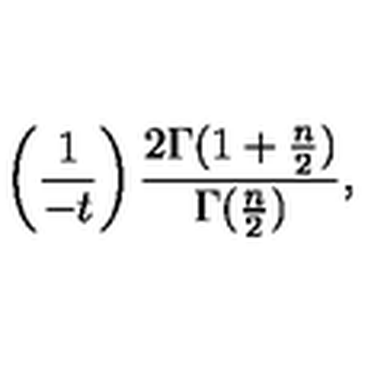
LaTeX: \left( { \frac { 1 } { - t } } \right) { \frac { 2 \Gamma ( 1 + { \frac { n } { 2 } } ) } { \Gamma ( { \frac { n } { 2 } } ) } } ,